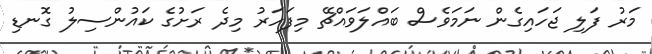
މަރު ފަލި ޖަހައިގެން ނަމަވެސް ބައްލަވައްޗޭ މިފަހަރު މިދެ ރަށުގެ ކައުންސިލު ގޮނޑި